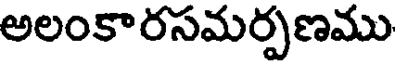
అలంకారసమర్పణము